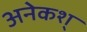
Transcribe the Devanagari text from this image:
अनेकश्